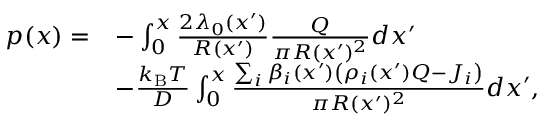
\begin{array} { r l } { p ( x ) = } & { - \int _ { 0 } ^ { x } \frac { 2 \lambda _ { 0 } ( x ^ { \prime } ) } { R ( x ^ { \prime } ) } \frac { Q } { \pi R ( x ^ { \prime } ) ^ { 2 } } d x ^ { \prime } } \\ & { - \frac { k _ { \mathrm { B } } T } { D } \int _ { 0 } ^ { x } \frac { \sum _ { i } \beta _ { i } ( x ^ { \prime } ) \left( \rho _ { i } ( x ^ { \prime } ) Q - J _ { i } \right) } { \pi R ( x ^ { \prime } ) ^ { 2 } } d x ^ { \prime } , } \end{array}